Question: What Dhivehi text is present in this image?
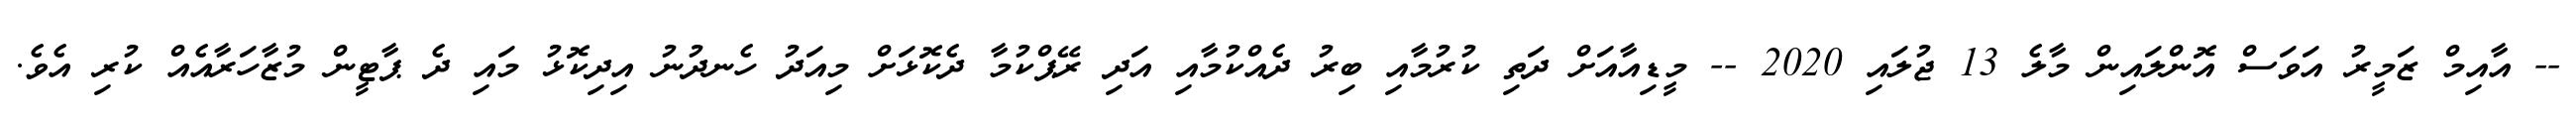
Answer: -- އާއިމް ޒަމީރު އަވަސް އޮންލައިން މާލެ 13 ޖުލައި 2020 -- މީޑިއާއަށް ދަތި ކުރުމާއި ބިރު ދެއްކުމާއި އަދި ރޭޕްކުމާ ދެކޮޅަށް މިއަދު ހެނދުނު އިދިކޮޅު މައި ދެ ޕާޓީން މުޒާހަރާއެއް ކުރި އެވެ.